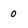
Character: 0